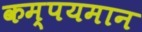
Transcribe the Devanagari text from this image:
कम्पयमान